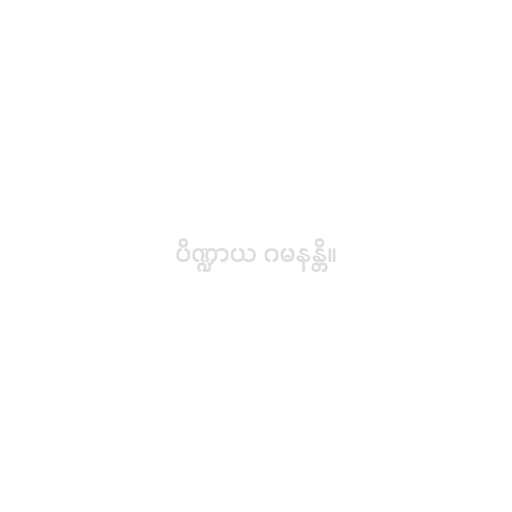
ပိဏ္ဍာယ ဂမနန္တိ။